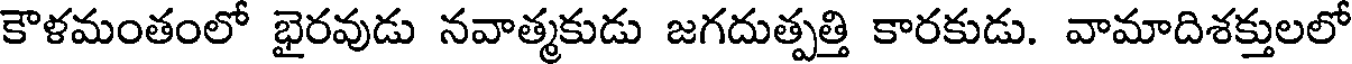
కౌళమంతంలో భైరవుడు నవాత్మకుడు జగదుత్పత్తి కారకుడు. వామాదిశక్తులలో